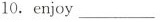
10.enjoy___